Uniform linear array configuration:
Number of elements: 16
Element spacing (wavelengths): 0.5
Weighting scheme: blackman
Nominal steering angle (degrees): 60
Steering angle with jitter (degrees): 60.303
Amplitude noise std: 0.05
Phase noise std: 0.05

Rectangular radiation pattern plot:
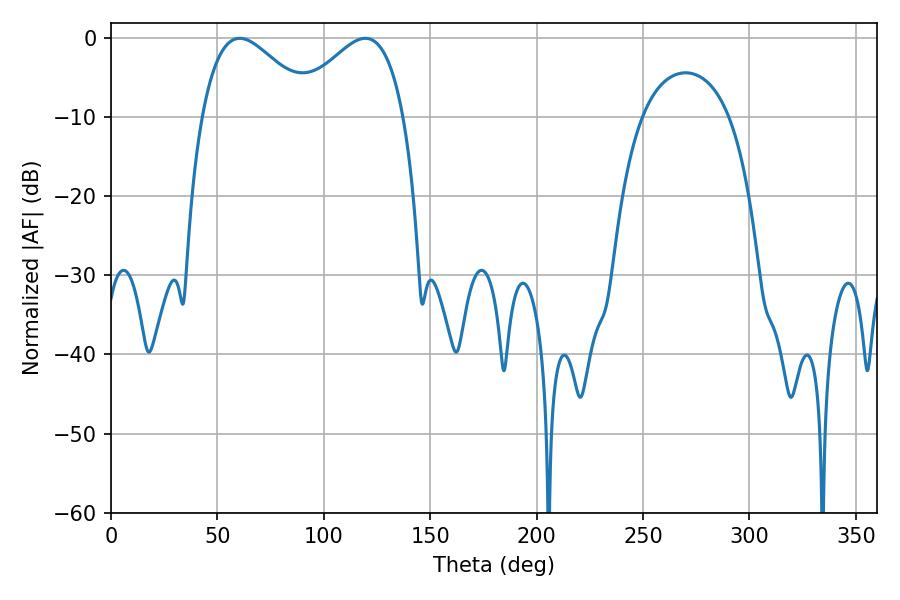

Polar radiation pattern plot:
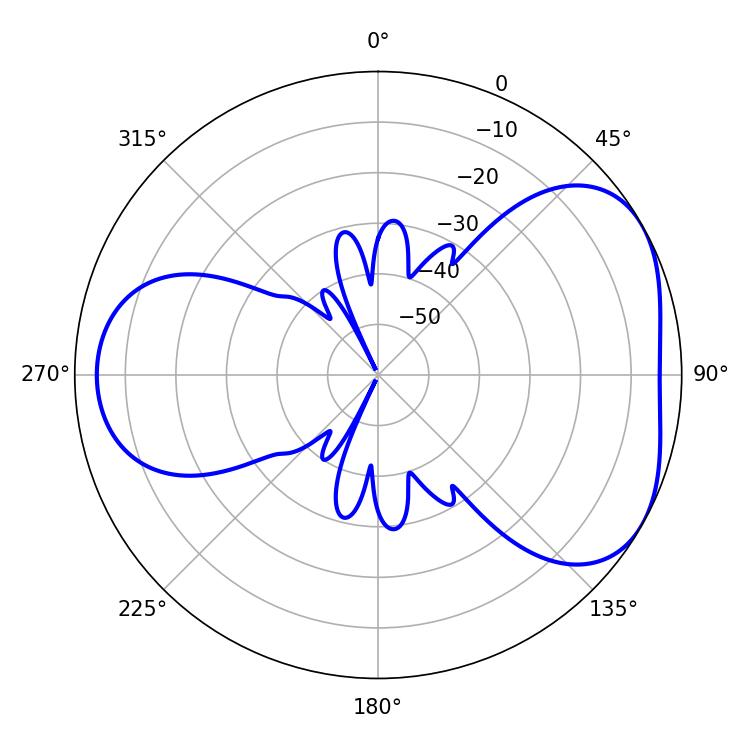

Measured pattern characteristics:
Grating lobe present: FALSE
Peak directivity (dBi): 4.433
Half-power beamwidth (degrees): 28.26
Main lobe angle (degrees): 60.48